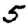
Digit: 5